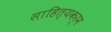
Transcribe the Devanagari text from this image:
साहित्यकर्म